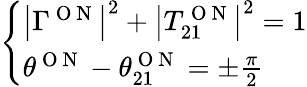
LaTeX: \left\{ \begin{array}{l}{\left|\Gamma^{\mathrm{~O~N~}}\right|^{2}+\left|T_{21}^{\mathrm{~O~N~}}\right|^{2}=1}\\ {\theta^{\mathrm{~O~N~}}-\theta_{21}^{\mathrm{~O~N~}}=\pm\frac{\pi}{2}}\end{array}\right.